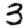
Digit: 3